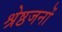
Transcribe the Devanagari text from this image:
श्रेष्ठजनों